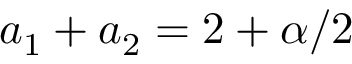
a _ { 1 } + a _ { 2 } = 2 + \alpha / 2